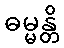
ဓမ္မန္တိ